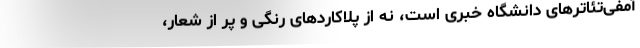
آمفی‌تئاترهای دانشگاه خبری است، نه از پلاکاردهای رنگی و پر از شعار،